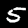
Label: 5